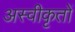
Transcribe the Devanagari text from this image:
अस्‍वीकृतों